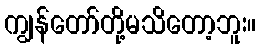
ကျွန်တော်တို့မသိတော့ဘူး။